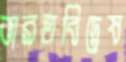
ভারতবিদ্বেষ